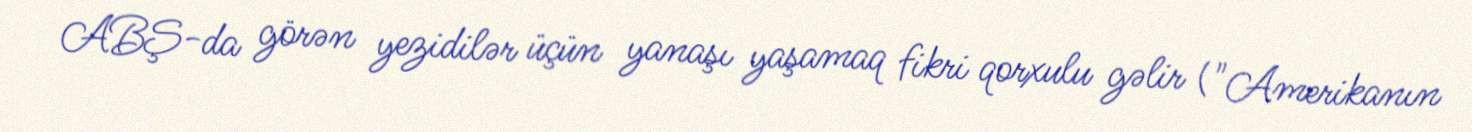
ABŞ-da görən yezidilər üçün yanaşı yaşamaq fikri qorxulu gəlir ("Amerikanın